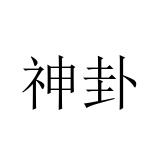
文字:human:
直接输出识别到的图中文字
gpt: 神卦